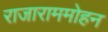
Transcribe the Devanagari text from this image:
राजाराममोहन